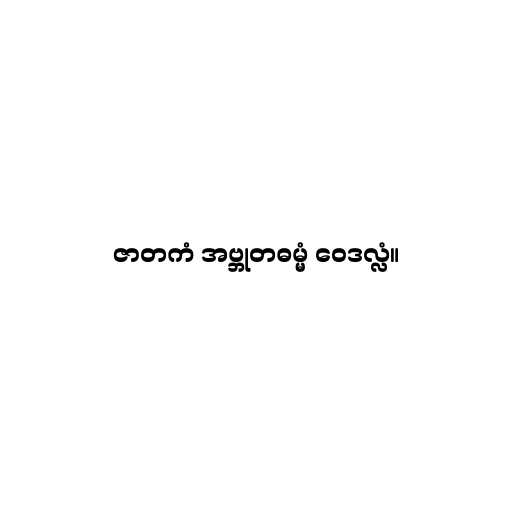
ဇာတကံ အဗ္ဘုတဓမ္မံ ဝေဒလ္လံ။